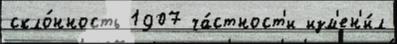
скло́нность 1907 ча́стност'и изм'ен'и́л